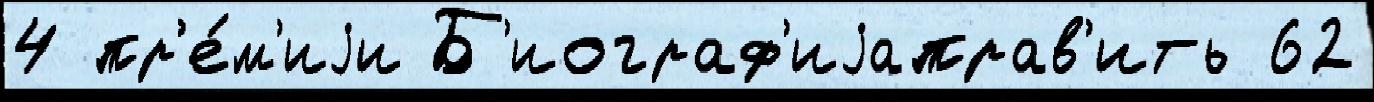
4 пр'е́м'иjи Б'иограф'иjаправ'ить 62